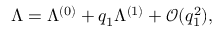
\Lambda = \Lambda ^ { ( 0 ) } + q _ { 1 } \Lambda ^ { ( 1 ) } + \mathcal { O } ( q _ { 1 } ^ { 2 } ) , ~ ~ ~ ~ ~ ~ ~ ~ ~ ~ ~ ~ ~ ~